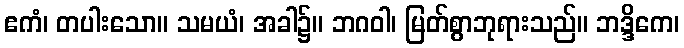
ဧကံ၊ တပါးသော။ သမယံ၊ အခါ၌။ ဘဂဝါ၊ မြတ်စွာဘုရားသည်။ ဘဒ္ဒိကေ၊